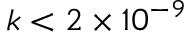
k < 2 \times 1 0 ^ { - 9 }